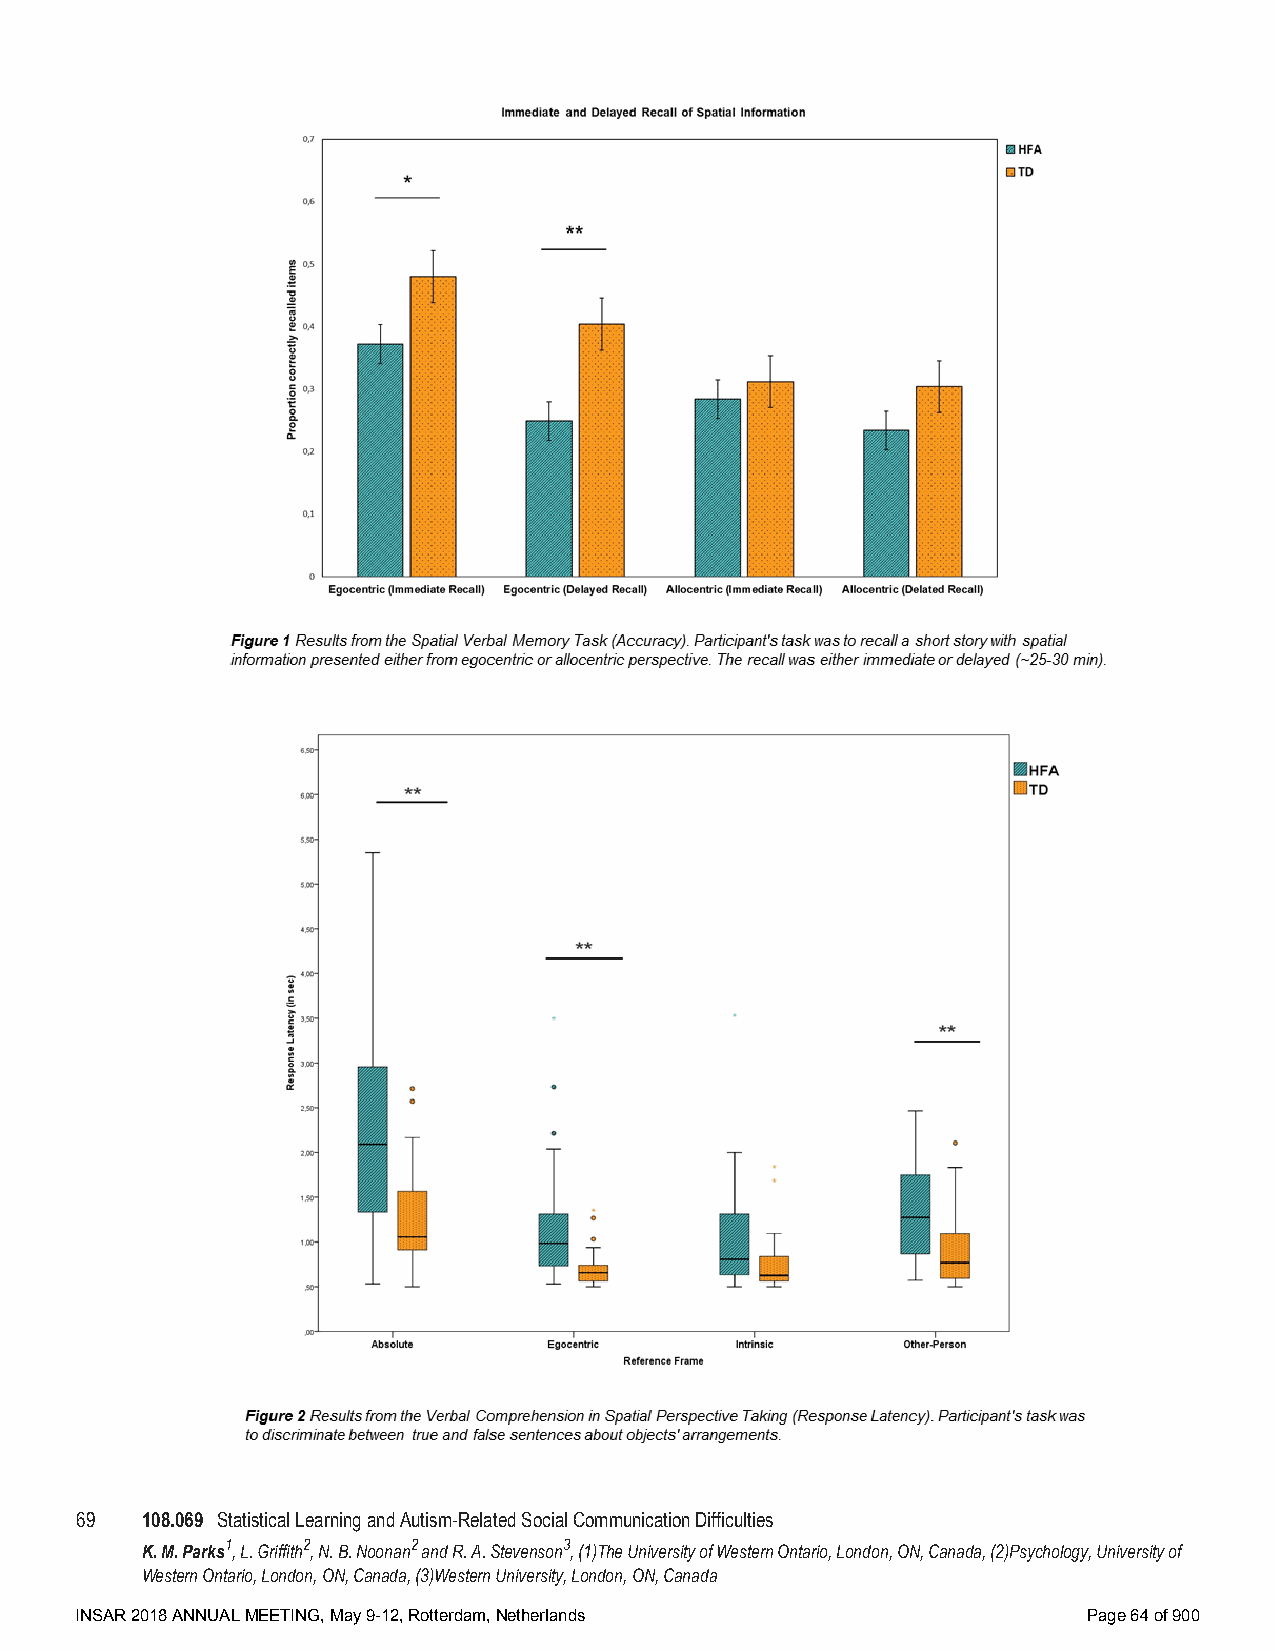
69  108.069 Statistical Learning and Autism-Related Social Communication Difficulties
 K. M. Parks1, L. Griffith2, N. B. Noonan2 and R. A. Stevenson3, (1)The University of Western Ontario, London, ON, Canada, (2)Psychology, University of
 Western Ontario, London, ON, Canada, (3)Western University, London, ON, Canada
 INSAR 2018 ANNUAL MEETING, May 9-12, Rotterdam, Netherlands        Page 64 of 900